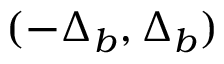
( - \Delta _ { b } , \Delta _ { b } )